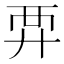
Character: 𧟤